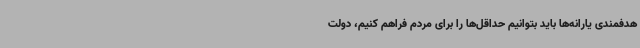
هدفمندی یارانه‌ها باید بتوانیم حداقل‌ها را برای مردم فراهم کنیم، دولت